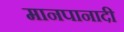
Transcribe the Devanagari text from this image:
मानपानादी